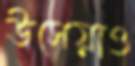
উসেয়াও